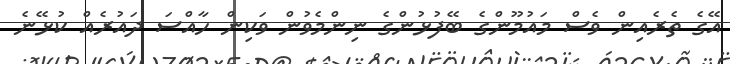
އޭގެ ތެރެއިން ވެސް މައުމޫންގެ ބޭފުޅުންގެ ނިންމެވުން ވަކިން ހާއްސަ ދައުރެއް ކުޅޭނެ